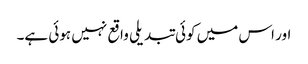
اور اس میں کوئی تبدیلی واقع نہیں ہوئی ہے۔